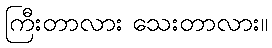
ကြီးတာလား သေးတာလား။